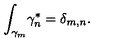
{ \int _ { \gamma _ { m } } } { \gamma _ { n } ^ { \ast } } = { \delta _ { m , n } } .